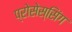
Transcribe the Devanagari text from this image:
प्रोसेस्सिंग